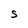
Character: S